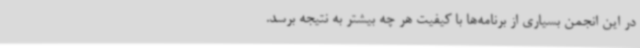
در این انجمن بسیاری از برنامه‌ها با کیفیت هر چه بیشتر به نتیجه برسد.